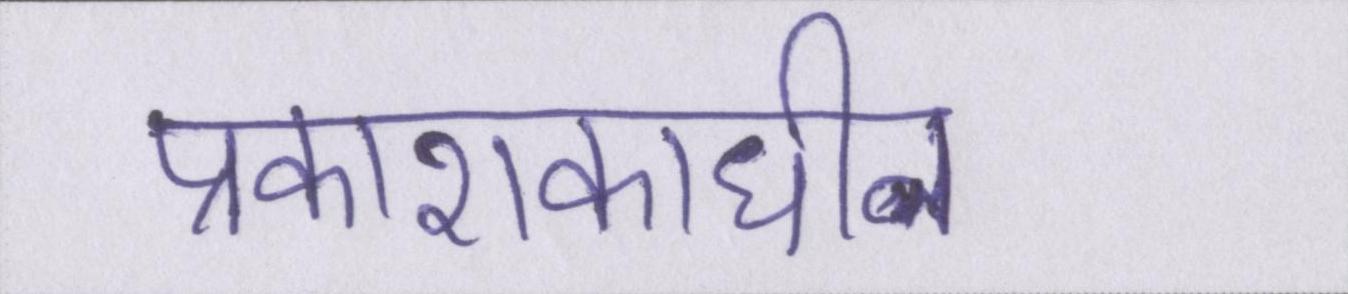
प्रकाशकाधीन